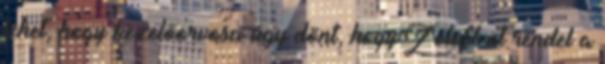
lehet, hogy kezelőorvosa úgy dönt, hogy Zoloft-ot rendel a